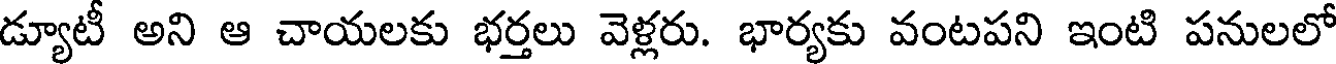
డ్యూటీ అని ఆ చాయలకు భర్తలు వెళ్లరు. భార్యకు వంటపని ఇంటి పనులలో